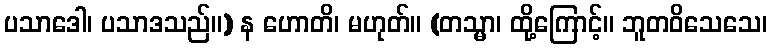
ပသာဒေါ၊ ပသာဒသည်။) န ဟောတိ၊ မဟုတ်။ (တသ္မာ၊ ထို့ကြောင့်။ ဘူတဝိသေသေ၊